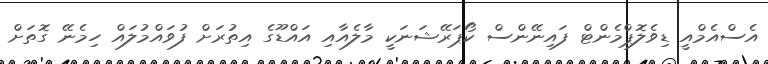
އެސްއެމްއީ ޑިވެލޮޕްމެންޓް ފައިނޭންސް ކޯޕަރޭޝަނަކީ މާލެއާއި އައްޑޫގެ އިތުރަށް ފުވައްމުލައް ހިމެނޭ ގޮތަށް